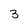
Character: 3